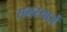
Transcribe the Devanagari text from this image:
समस्याअें